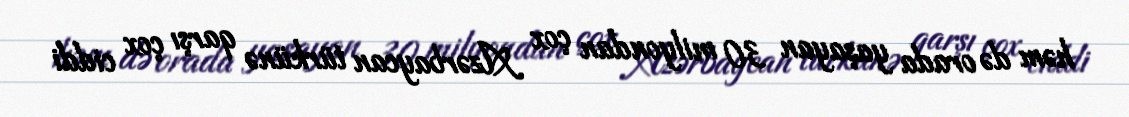
həm də orada yaşayan 30 milyondan çox Azərbaycan türkünə qarşı çox ciddi